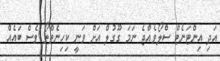
އަދި އިންޓަނެޓް ސްލޯވެއްޖެ ނަމަ ގޫގުލް އަށް ވަނީ ކިހިނެތްތޯ ވެސް ބައެއް